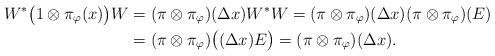
LaTeX: \begin{align*}W^*\bigl(1\otimes\pi_{\varphi}(x)\bigr)W&=(\pi\otimes\pi_{\varphi})(\Delta x)W^*W=(\pi\otimes\pi_{\varphi})(\Delta x)(\pi\otimes\pi_{\varphi})(E) \\&=(\pi\otimes\pi_{\varphi})\bigl((\Delta x)E\bigr)=(\pi\otimes\pi_{\varphi})(\Delta x).\end{align*}